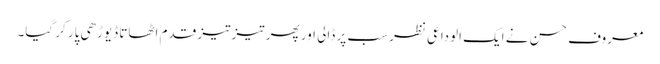
معروف حسن نے ایک الوداعی نظر سب پر ڈالی اور پھر تیز تیز قدم اٹھاتا ڈیوڑھی پار کر گیا۔